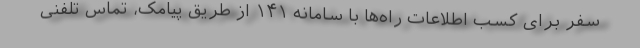
سفر برای کسب اطلاعات راه‌ها با سامانه ۱۴۱ از طریق پیامک، تماس تلفنی